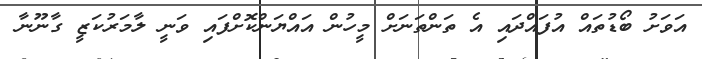
އަވަށު ބޯޑުތައް އުފައްދައި އެ ތަންތަނަށް މީހުން އައްޔަންކޮށްފައި ވަނީ ލާމަރުކަޒީ ގާނޫނާ